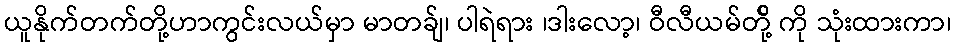
ယူနိုက်တက်တို့ဟာကွင်းလယ်မှာ မာတခ်ျ၊ ပါရဲရား ၊ဒါးလော့၊ ဝီလီယမ်တို့် ကို သုံးထားကာ၊